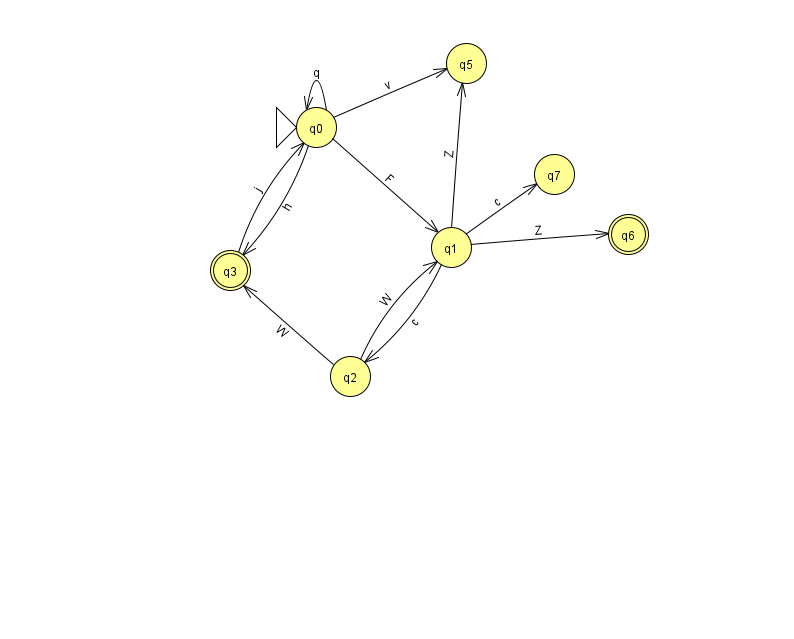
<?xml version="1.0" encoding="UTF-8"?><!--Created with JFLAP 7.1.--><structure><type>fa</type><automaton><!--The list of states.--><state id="0" name="q0"><x>316.0</x><y>114.0</y><initial/></state><state id="1" name="q1"><x>451.0</x><y>234.0</y></state><state id="2" name="q2"><x>350.0</x><y>363.0</y></state><state id="3" name="q3"><x>230.0</x><y>257.0</y><final/></state><state id="5" name="q5"><x>466.0</x><y>50.0</y></state><state id="6" name="q6"><x>628.0</x><y>221.0</y><final/></state><state id="7" name="q7"><x>554.0</x><y>161.0</y></state><!--The list of transitions.--><transition><from>0</from><to>0</to><read>q</read></transition><transition><from>1</from><to>7</to><read>c</read></transition><transition><from>2</from><to>3</to><read>W</read></transition><transition><from>1</from><to>6</to><read>Z</read></transition><transition><from>0</from><to>5</to><read>v</read></transition><transition><from>2</from><to>1</to><read>W</read></transition><transition><from>0</from><to>1</to><read>F</read></transition><transition><from>0</from><to>3</to><read>h</read></transition><transition><from>1</from><to>5</to><read>Z</read></transition><transition><from>1</from><to>2</to><read>c</read></transition><transition><from>3</from><to>0</to><read>j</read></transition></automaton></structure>